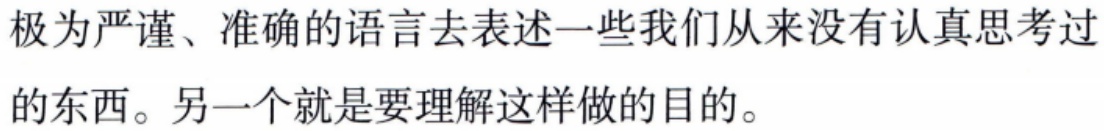
极为严谨、准确的语言去表述一些我们从来没有认真思考过的东西。另一个就是要理解这样做的目的。